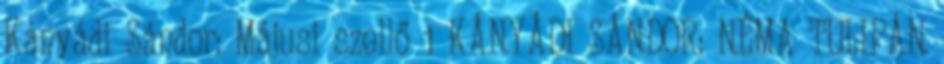
Kányádi Sándor: Májusi szellő 1 KÁNYÁDI SÁNDOR: NÉMA TULIPÁN